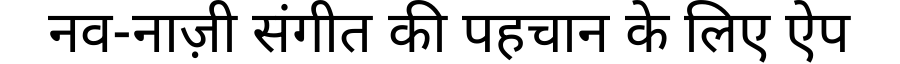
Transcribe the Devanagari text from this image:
नव-नाज़ी संगीत की पहचान के लिए ऐप